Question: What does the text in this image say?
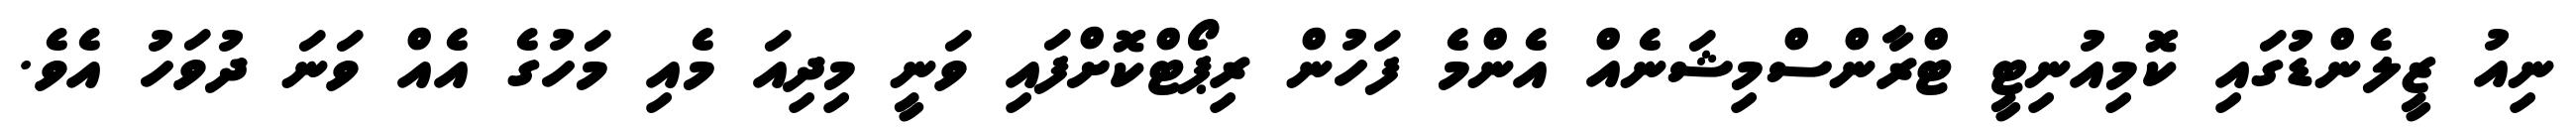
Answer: ނިއު ޒީލެންޑުގައި ކޮމިއުނިޓީ ޓްރާންސްމިޝަނެއް އެންމެ ފަހުން ރިޕޯޓްކޮށްފައި ވަނީ މިދިއަ މެއި މަހުގެ އެއް ވަނަ ދުވަހު އެވެ.